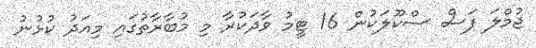
ޖުމްލަ ފަސް ސްކޫލަކުން 16 ޓީމު ވާދަކުރާ މި މުބާރާތުގައި މިއަދު ކުޅުނު